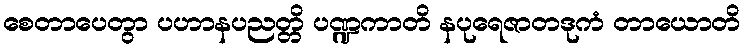
စေတာပေတွာ ပဟာနပညတ္တိ ပဏ္ဍကာတိ နပုရေဇာတဒုကံ တာယောတိ